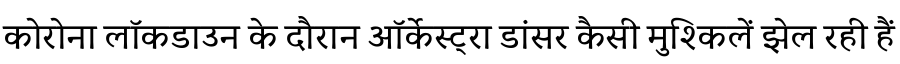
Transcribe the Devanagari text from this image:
कोरोना लॉकडाउन के दौरान ऑर्केस्ट्रा डांसर कैसी मुश्किलें झेल रही हैं